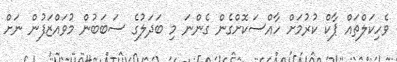
ވެހިކަލްތައް ޕާކް ކުރުމަށް ހާއްސަކޮށްގެން ގެންނަ މި ބަދަލުގެ ސަބަބުން މުވައްޒަފުން ނަށް